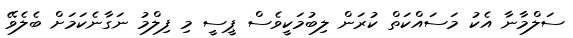
ސަލްމާނާ އެކު މަސައްކަތް ކުރަން ލިބުމަކީވެސް ޕީސީ މި ފިލްމު ނަގާނެކަމަށް ބެލެވޭ